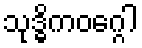
သုဒ္ဓိကဝဂ္ဂေါ